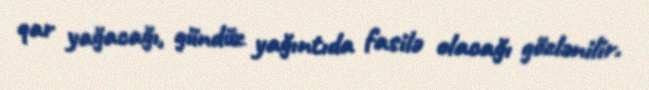
qar yağacağı, gündüz yağıntıda fasilə olacağı gözlənilir.